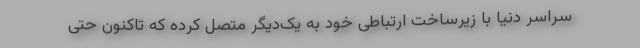
سراسر دنیا با زیرساخت ارتباطی خود به یک‌دیگر متصل کرده که تاکنون حتی